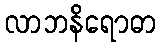
လာဘနိရောဓာ